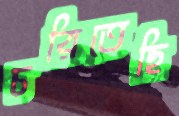
চরিতেছি